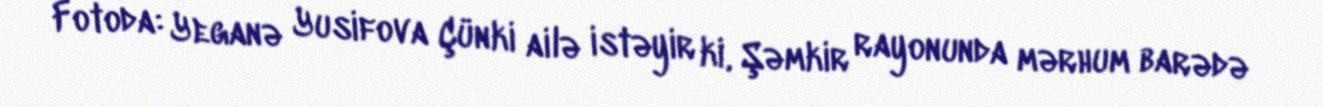
Fotoda: Yeganə Yusifova Çünki ailə istəyir ki, Şəmkir rayonunda mərhum barədə